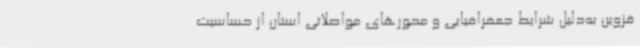
قزوین به‌دلیل شرایط جعفرافیایی و محورهای مواصلاتی استان از حساسیت